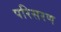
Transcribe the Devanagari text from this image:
परिसरण